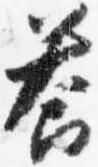
答